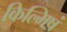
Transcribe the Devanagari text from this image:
किल्मिषं